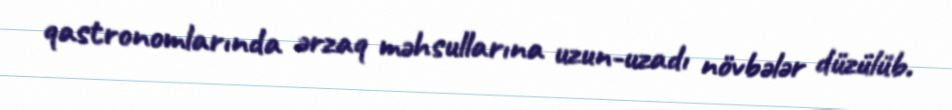
qastronomlarında ərzaq məhsullarına uzun-uzadı növbələr düzülüb.